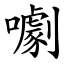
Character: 㘌